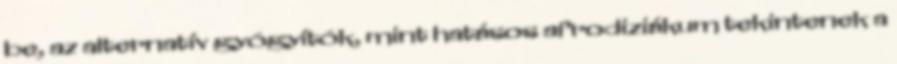
be, az alternatív gyógyítók, mint hatásos afrodiziákum tekintenek a